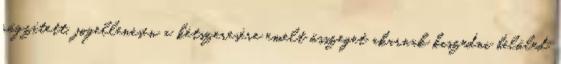
rögzített, jogellenesen a kétszeresére emelt összeget akarnak kiszedni belőled